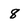
Character: 8